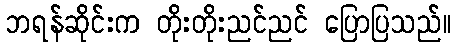
ဘရန်ဆိုင်းက တိုးတိုးညင်ညင် ပြောပြသည်။